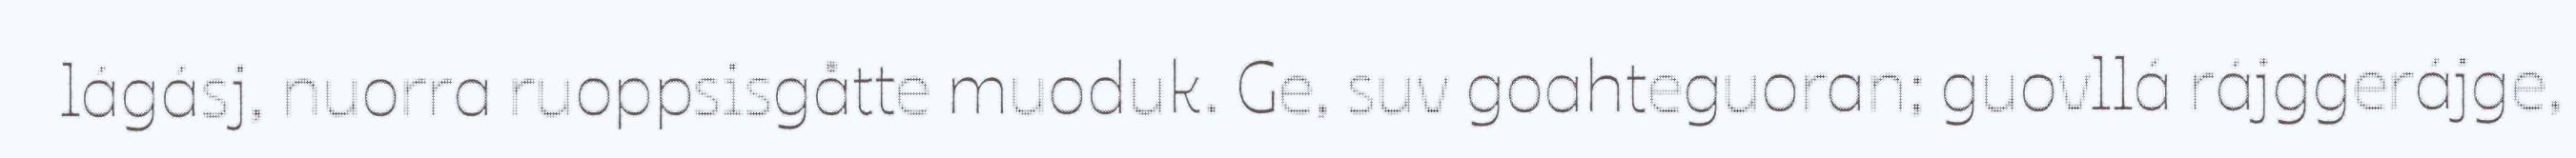
lágásj, nuorra ruoppsisgåtte muoduk. Ge, suv goahteguoran; guovllá rájggerájge,